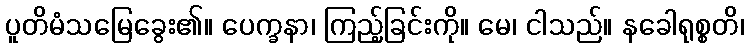
ပူတိမံသမြေခွေး၏။ ပေက္ခနာ၊ ကြည့်ခြင်းကို။ မေ၊ ငါသည်။ နခေါရုစ္စတိ၊